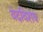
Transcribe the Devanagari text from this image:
वेदविशेष